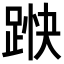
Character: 𮛞